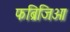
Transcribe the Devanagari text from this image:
फब्रिजिओ